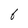
Character: 6